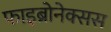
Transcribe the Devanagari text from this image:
फाइब्रोनेक्सस